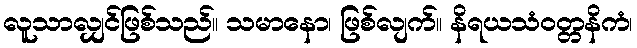
လူသာလျှင်ဖြစ်သည်။ သမာနော၊ ဖြစ်လျက်။ နိရယသံဝတ္တနိကံ၊